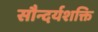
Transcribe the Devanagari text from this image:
सौन्दर्यशक्ति